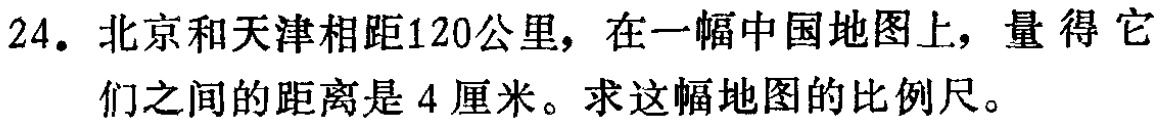
24. 北京和天津相距120公里，在一幅中国地图上，量得它们之间的距离是4厘米。求这幅地图的比例尺。